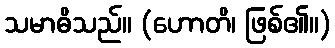
သမာဓိသည်။ (ဟောတိ၊ ဖြစ်၏။)